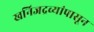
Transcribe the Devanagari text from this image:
खनिजद्रव्यांपासून